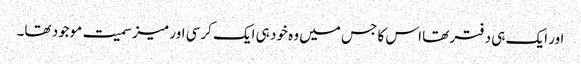
اور ایک ہی دفتر تھا اس کا جس میں وہ خود ہی ایک کرسی اور میز سمیت موجود تھا۔